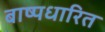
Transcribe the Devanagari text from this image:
बाष्पधारित